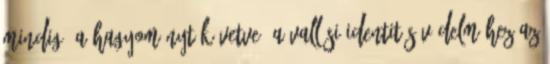
mindig, a hagyományt követve, a vallási identitás védelméhez az